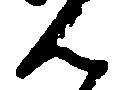
ん